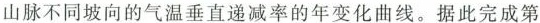
山脉不同坡向的气温垂直递减率的年变化曲线。据此完成第